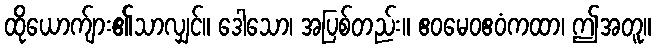
ထိုယောက်ျား၏သာလျှင်။ ဒေါသော၊ အပြစ်တည်း။ ဧဝမေဝဧဝံကထာ၊ ဤအတူ။